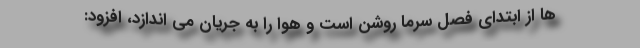
ها از ابتدای فصل سرما روشن است و هوا را به جریان می اندازد، افزود: